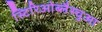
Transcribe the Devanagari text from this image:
स्टिरिओब्लैस्चुआ